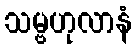
သမ္ဗဟုလာနံ